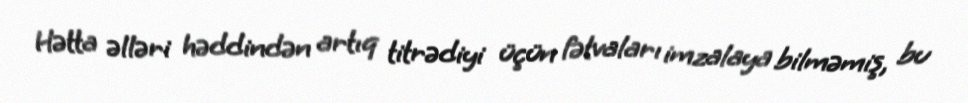
Hətta əlləri həddindən artıq titrədiyi üçün fətvaları imzalaya bilməmiş, bu